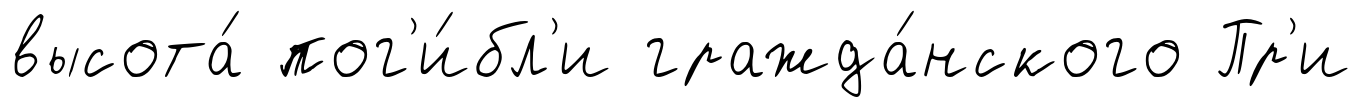
высота́ пог'и́бл'и гражда́нского Пр'и